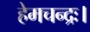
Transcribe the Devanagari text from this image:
हेमचन्द्रः।